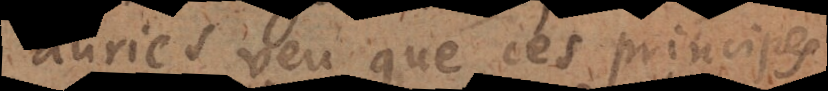
auriés veu que ces principes